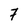
Character: 7